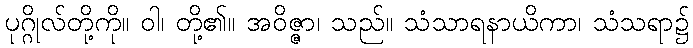
ပုဂ္ဂိုလ်တို့ကို။ ဝါ၊ တို့၏။ အဝိဇ္ဇာ၊ သည်။ သံသာရနာယိကာ၊ သံသရာ၌